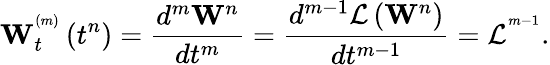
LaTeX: \mathbf{W}_{t}^{^{\left(m\right)}}\left({{t}^{n}}\right)=\frac{{{d}^{m}}{{\mathbf{W}}^{n}}}{d{{t}^{m}}}=\frac{{{d}^{m-1}}\mathcal{L}\left({{\mathbf{W}}^{n}}\right)}{d{{t}^{m-1}}}={{\mathcal{L}}^{^{m-1}}}.